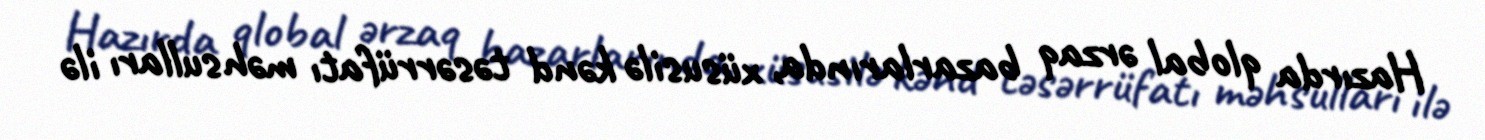
Hazırda qlobal ərzaq bazarlarında, xüsusilə kənd təsərrüfatı məhsulları ilə